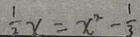
\frac { 1 } { 2 } x = x ^ { 2 } - \frac { 1 } { 3 }